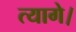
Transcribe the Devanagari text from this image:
त्यागे।